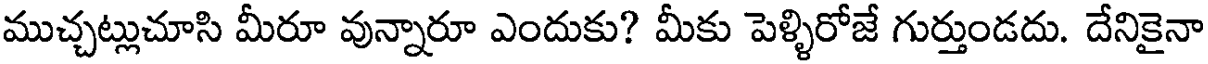
ముచ్చట్లుచూసి మీరూ వున్నారూ ఎందుకు? మీకు పెళ్ళిరోజే గుర్తుండదు. దేనికైనా